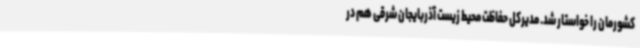
کشورمان را خواستار شد. مدیرکل حفاظت محیط زیست آذربایجان شرقی هم در